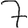
Digit: 7